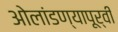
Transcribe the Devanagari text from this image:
ओलांडण्यापूर्वी